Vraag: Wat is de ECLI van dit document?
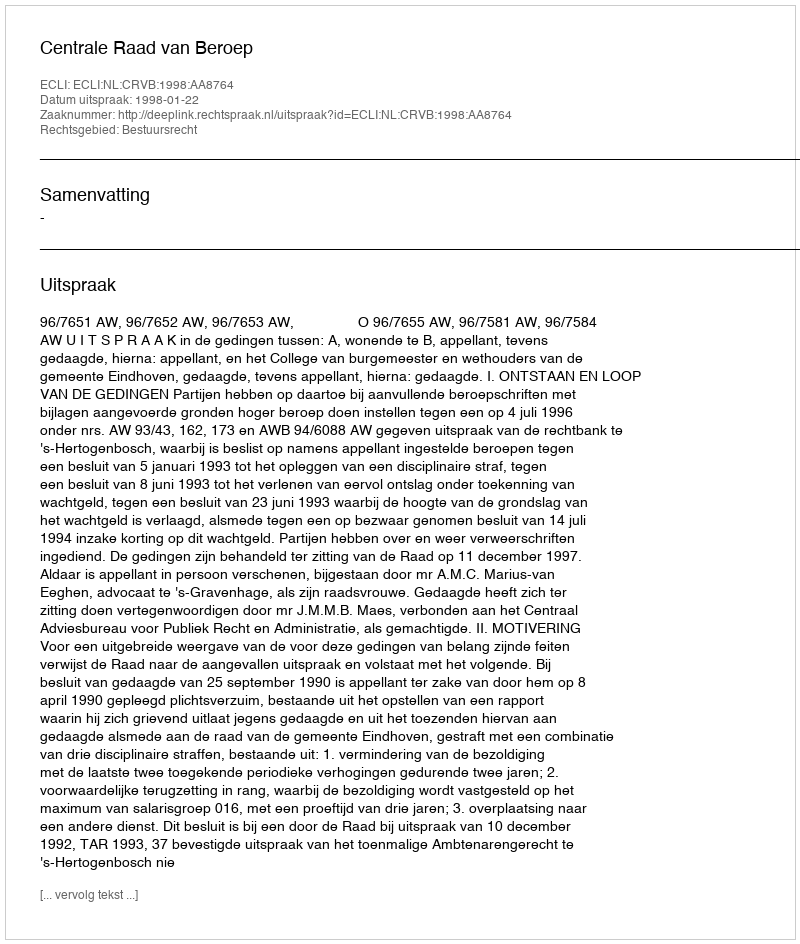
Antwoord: ECLI:NL:CRVB:1998:AA8764